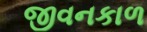
જીવનકાળ